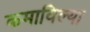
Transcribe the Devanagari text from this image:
कमाविल्या